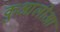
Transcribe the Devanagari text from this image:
कुआलोआ